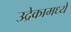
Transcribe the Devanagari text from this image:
उद्रेकामध्ये